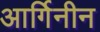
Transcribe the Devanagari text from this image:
आर्गिनीन